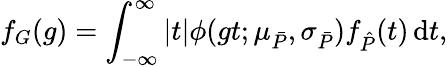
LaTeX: f_{G}(g)=\int_{-\infty}^{\infty}|t|\phi(gt;\mu_{\bar{P}},\sigma_{\bar{P}})f_{\hat{P}}(t)\, \mathrm dt,